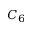
C _ { 6 }